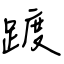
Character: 踱